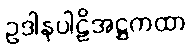
ဥဒါနပါဠိအဋ္ဌကထာ